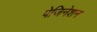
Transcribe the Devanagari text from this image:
पेजिनेशन